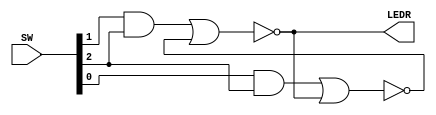
module latch_on_board(
	input [2:0] SW,
	output [0:0] LEDR);
	(* KEEP = "TRUE" *) wire R_g, S_g, Qa, Qb;
	assign R_g = (SW[1] & SW[2]);
	assign S_g = (SW[0] & SW[2]);
	assign Qa = ~(R_g | Qb);
	assign Qb = ~(S_g | Qa);
	assign LEDR[0] = Qa;
endmodule